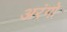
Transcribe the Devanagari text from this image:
अरंगो